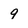
Character: g